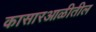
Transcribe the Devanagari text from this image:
कासारआळीतील